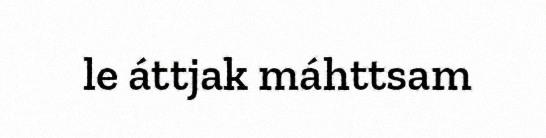
le áttjak máhttsam